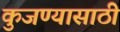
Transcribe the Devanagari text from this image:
कुजण्यासाठी